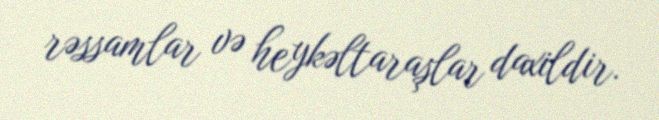
rəssamlar və heykəltaraşlar daxildir.